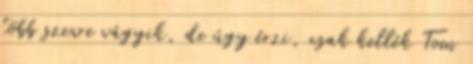
több szexre vágyik, de úgy érzi, csak kellék Tom